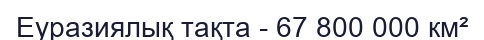
Еуразиялық тақта - 67 800 000 км²